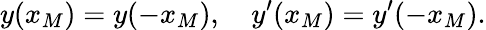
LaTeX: y(x_{M})=y(-x_{M}),\quad y^{\prime}(x_{M})=y^{\prime}(-x_{M}).